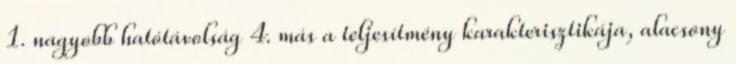
1. nagyobb hatótávolság 4. más a teljesítmény karakterisztikája, alacsony